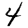
Digit: 4